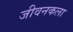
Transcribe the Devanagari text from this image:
जीवनकला